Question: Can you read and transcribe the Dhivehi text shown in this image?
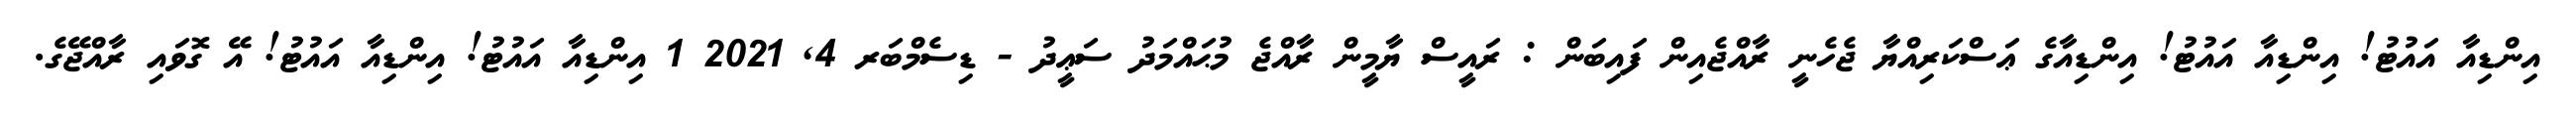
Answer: އިންޑިއާ އައުޓު! އިންޑިއާ އައުޓު! އިންޑިއާގެ ޢަސްކަރިއްޔާ ޖެހެނީ ރާއްޖެއިން ފައިބަން : ރައީސް ޔާމީން ރާއްޖެ މުޙައްމަދު ސަޢީދު - ޑިސެމްބަރ 4, 2021 1 އިންޑިއާ އައުޓު! އިންޑިއާ އައުޓު! އޭ ގޮވައި ރާއްޖޭގެ.